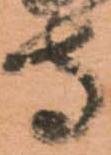
守